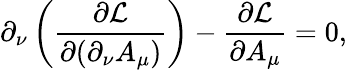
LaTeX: \partial_{\nu}\left({\frac{\partial{\mathcal{L}}}{\partial(\partial_{\nu}A_{\mu})}}\right)-{\frac{\partial{\mathcal{L}}}{\partial A_{\mu}}}=0,